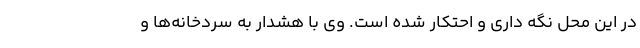
در این محل نگه داری و احتکار شده است. وی با هشدار به سردخانه‌ها و